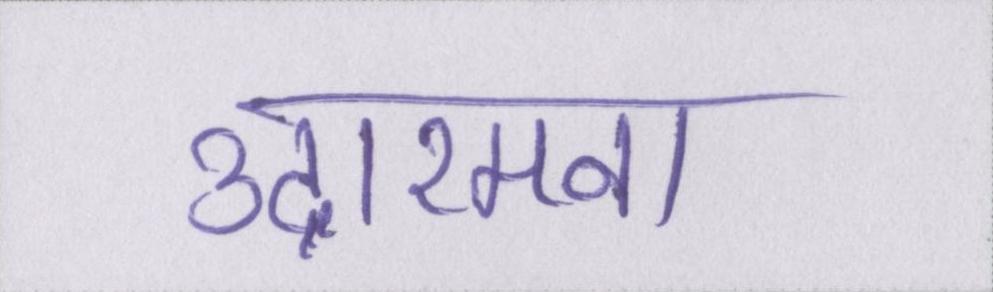
उदारमना